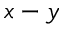
x - y